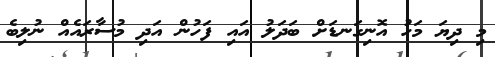
މި ދިޔަ މަހު އޮނިގަނޑަށް ބަދަލު އައި ފަހުން އަދި މުސާރައެއް ނުލިބެ